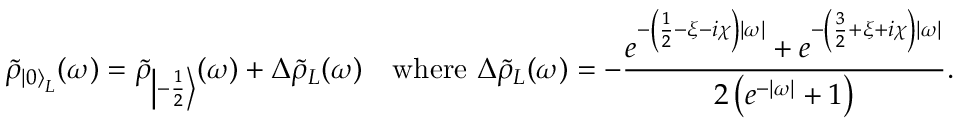
\tilde { \rho } _ { { \left| 0 \right\rangle } _ { L } } ( \omega ) = \tilde { \rho } _ { \left| - \frac 1 2 \right\rangle } ( \omega ) + \Delta \tilde { \rho } _ { L } ( \omega ) \quad \mathrm { w h e r e } ~ \Delta \tilde { \rho } _ { L } ( \omega ) = - \frac { e ^ { - \left( \frac { 1 } { 2 } - \xi - i \chi \right) | \omega | } + e ^ { - \left( \frac { 3 } { 2 } + \xi + i \chi \right) | \omega | } } { 2 \left( e ^ { - | \omega | } + 1 \right) } .